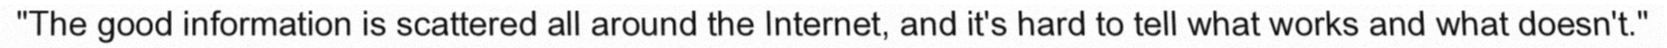
"The good information is scattered all around the Internet, and it's hard to tell what works and what doesn't."